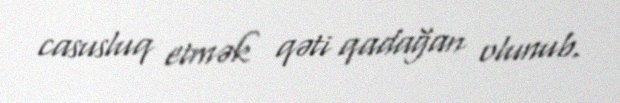
casusluq etmək qəti qadağan olunub.